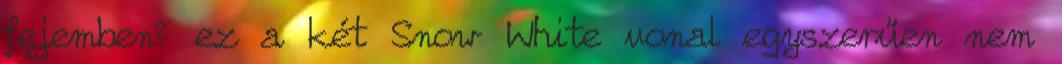
fejemben? ez a két Snow White vonal egyszerűen nem